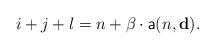
LaTeX: \begin{align*}i+j+l=n+\beta\cdot \mathsf{a}(n,\mathbf{d}).\end{align*}